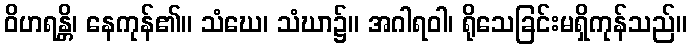
ဝိဟရန္တိ၊ နေကုန်၏။ သံဃေ၊ သံဃာ၌။ အဂါရဝါ၊ ရိုသေခြင်းမရှိကုန်သည်။